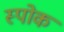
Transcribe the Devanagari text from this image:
स्‍पोक